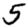
Digit: 5